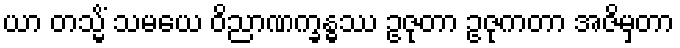
ယာ တသ္မိံ သမယေ ဝိညာဏက္ခန္ဓဿ ဥဇုတာ ဥဇုကတာ အဇိမှတာ